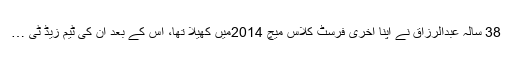
38 سالہ عبدالرزاق نے اپنا آخری فرسٹ کلاس میچ 2014میں کھیلا تھا، اس کے بعد ان کی ٹیم زیڈ ٹی …